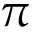
\pi